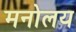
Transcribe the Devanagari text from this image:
मनोलय